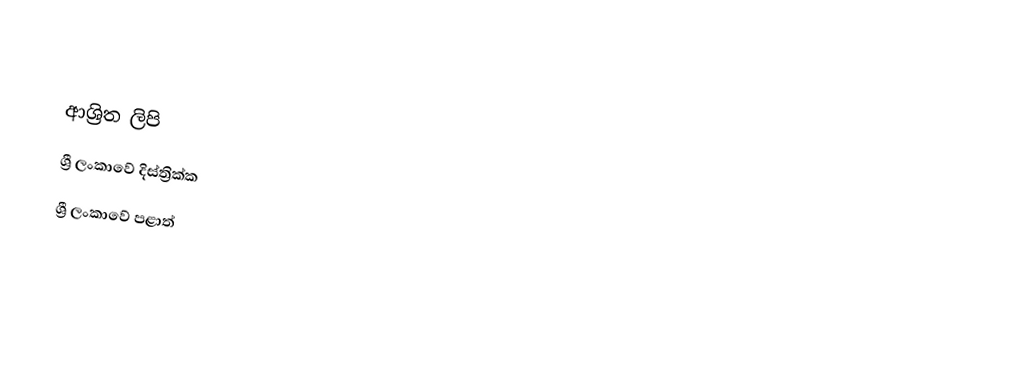

ආශ්‍රිත ලිපි
ශ්‍රී ලංකාවේ දිස්ත්‍රික්ක
ශ්‍රී ලංකාවේ පළාත්